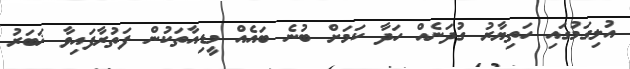
އުލިގަމުގައި ހަތިޔާރު ގުދަނެއް ހަދާ ކަމަށް ބުނެ ބައެއް މީޑިއާތަކުން ފަތުރާފައިވާ ޚަބަރު